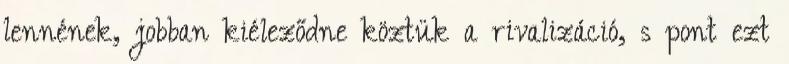
lennének, jobban kiéleződne köztük a rivalizáció, s pont ezt